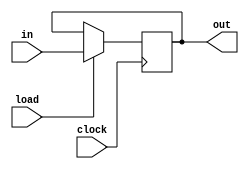
`ifndef _hregister16_h_
`define _hregister16_h_

`timescale 1ns / 1ps
//////////////////////////////////////////////////////////////////////////////////
// Company: 
// Engineer: 
// 
// Design Name: 
// Module Name:    hRegister16 
// Project Name: 
// Target Devices: 
// Tool versions: 
// Description: 
//
// Dependencies: 
//
// Revision: 
// Revision 0.01 - File Created
// Additional Comments: 
//
//////////////////////////////////////////////////////////////////////////////////
module hRegister16(
    input [15:0] in,
    input load,
	 input clock,
    output [15:0] out
    );

	reg [15:0] register16;
	wire [15:0] reg_next;
	
	always @(posedge clock) begin
		if (load == 1) begin 
			register16 <= in;
		end else begin
			register16 <= reg_next;
		end
	end
	
	assign reg_next = register16;
	assign out = register16;

endmodule

`endif